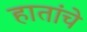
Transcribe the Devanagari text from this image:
हातांचे